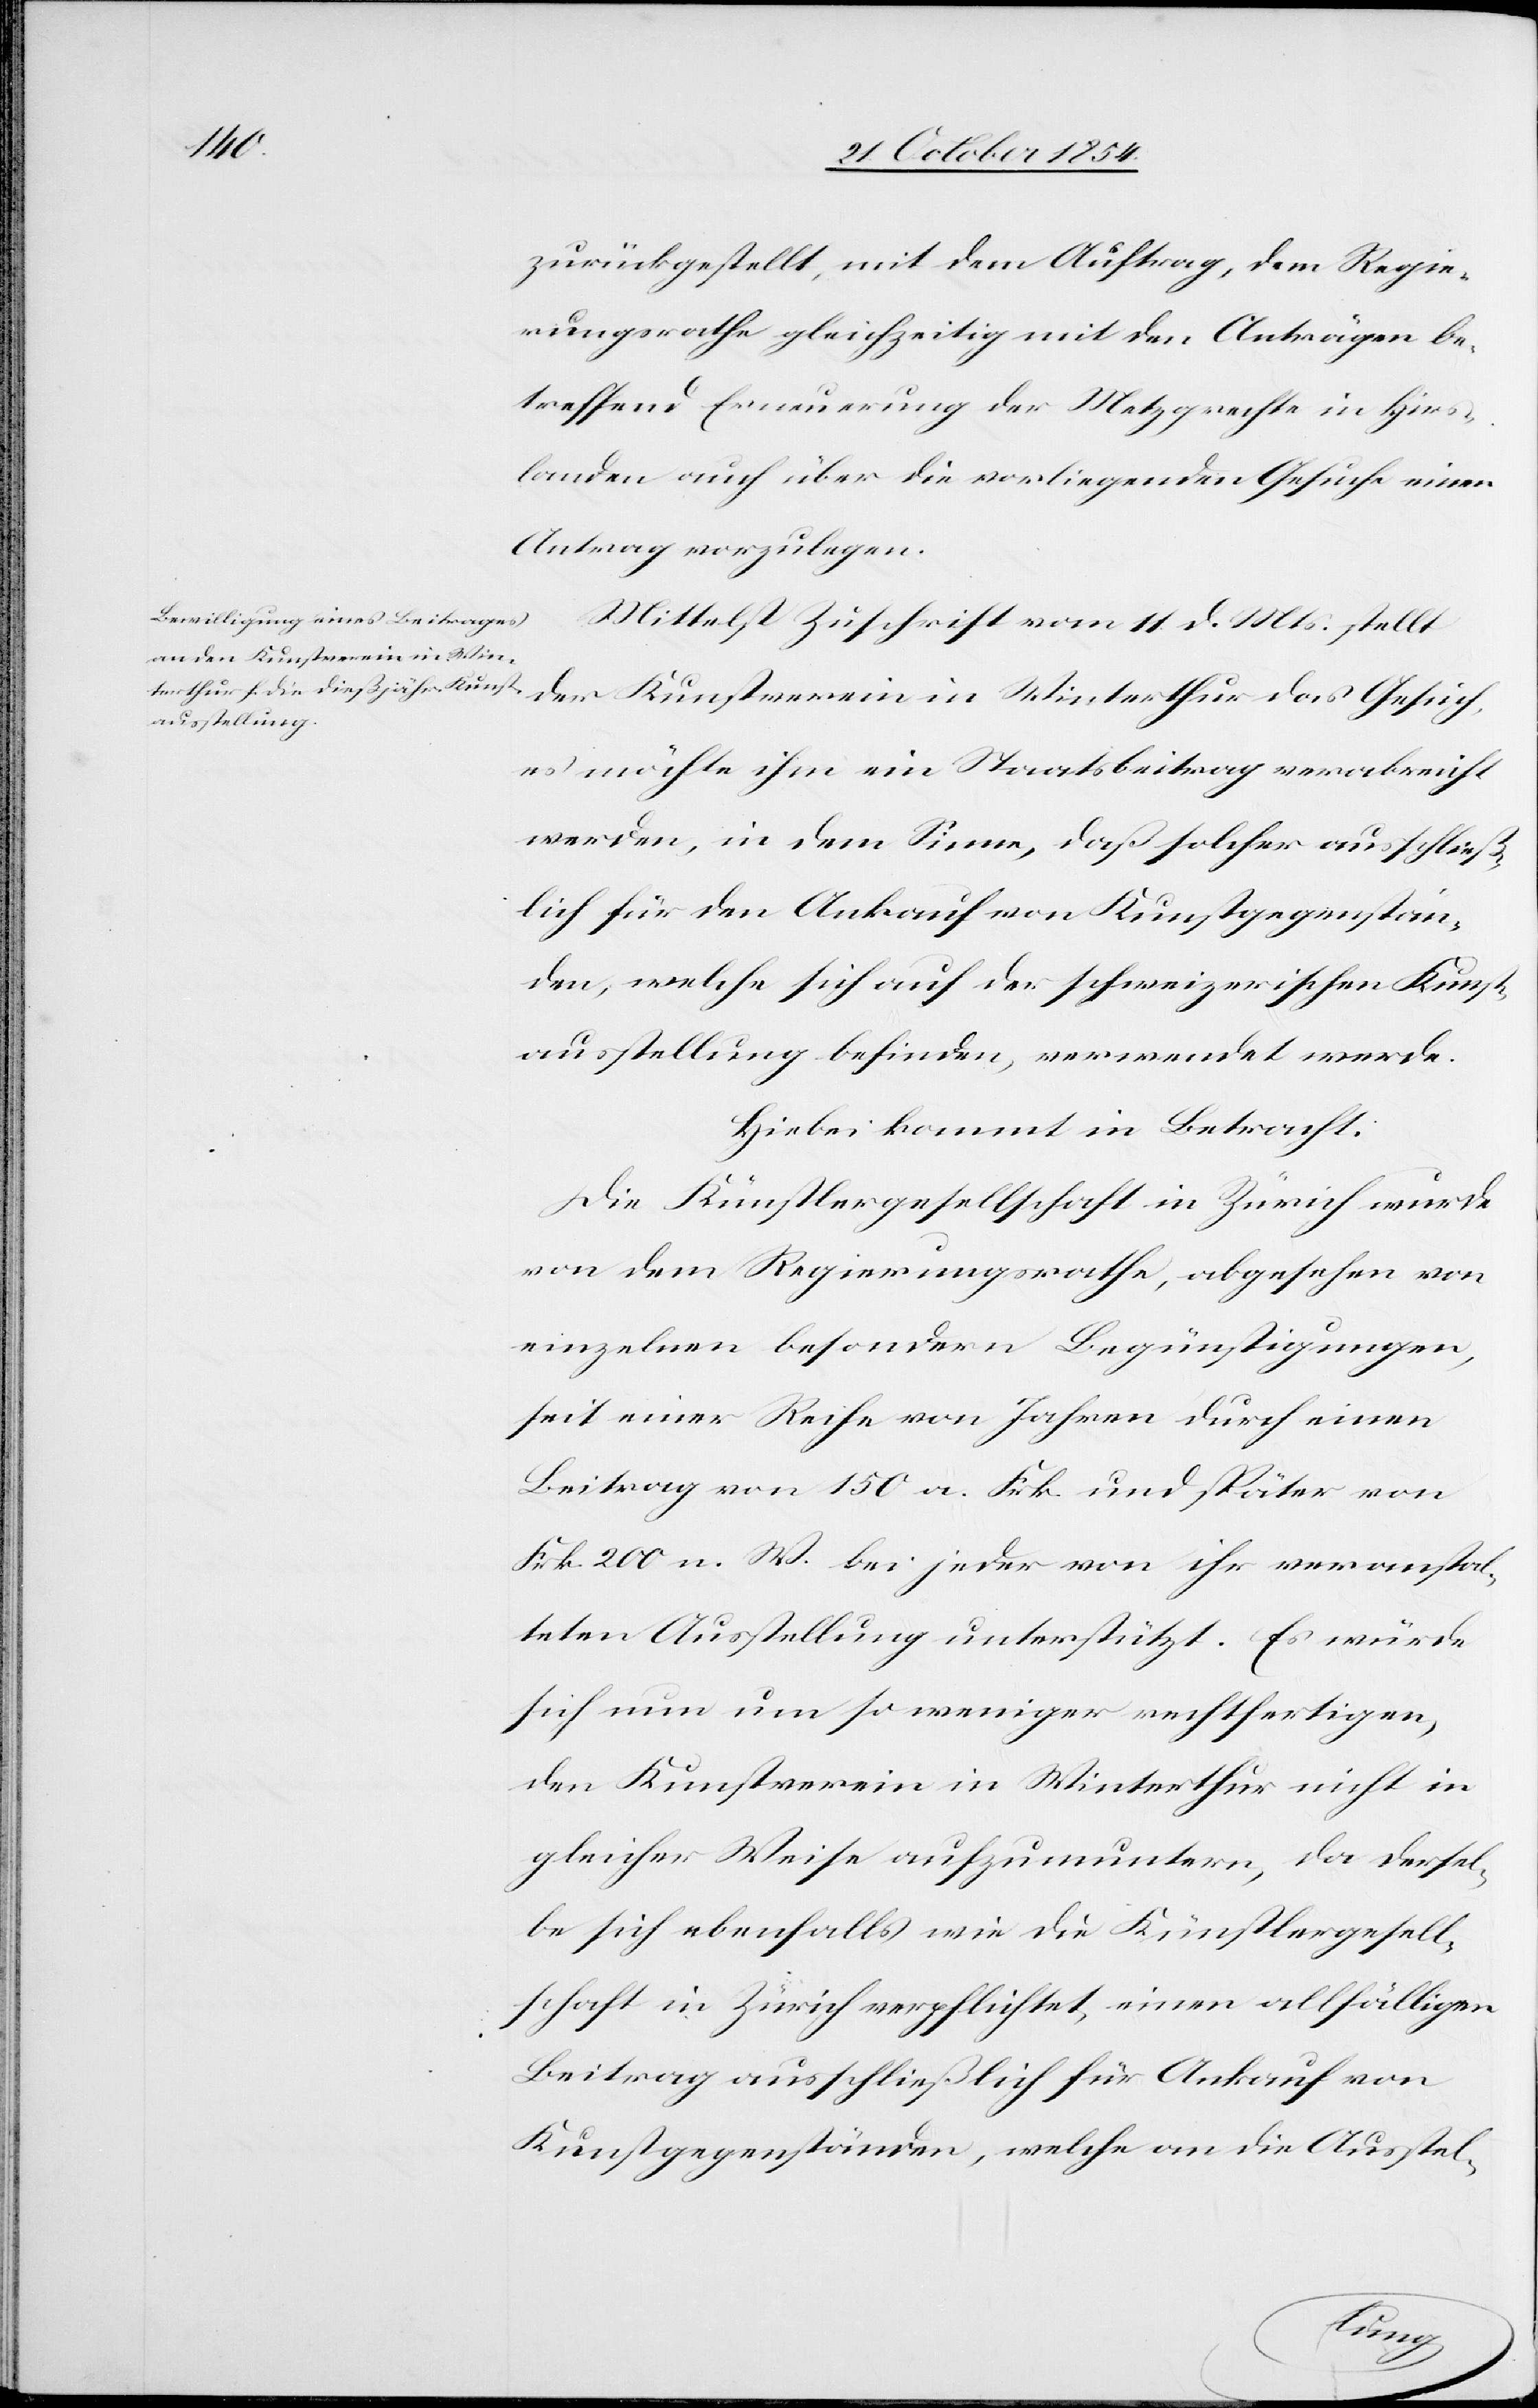
zurückgestellt, mit dem Auftrag, dem Regie¬
rungsrathe gleichzeitig mit den Anträgen be¬
treffend Erneuerung der Metzgrechte ins Hirs¬
landen auch über die vorliegenden Gesuche einen
Antrag vorzulegen.
Mittelst Zuschrift vom 11 d. Mts stellt
der Kunstverein in Winterthur das Gesuch,
es möchte ihm ein Staatsbeitrag verabreicht
werden, in dem Sinne, daß solcher ausschließ¬
lich für den Ankauf von Kunstgegenstän¬
den, welche sich auf der schweizerischen Kunst¬
ausstellung befinden, verwendet werde.
Hiebei kommt in Betracht:
die Künstlergesellschaft in Zürich ver¬
von dem Regierungsrathe, abgesehen von
einzelnen besondern Begünstigungen,
seit einer Reihe von Jahren durch einen
Beitrag von 150 a. Frk. und später von
Frk. 200 n. W. bei jeder von ihr veranstal¬
teten Ausstellung unterstützt. Es würde
sich nun um so weniger rechtfertigen,
den Kunstverein in Winterthur nicht in
gleicher Weise aufzumuntern, da dersel¬
Beitrag ausschließlich für Ankauf von
Kunstgegenständen, welche an die Ausstel-
einen